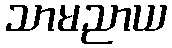
သာမညာယ